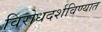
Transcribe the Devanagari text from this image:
विरोधदर्शविण्यात